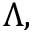
\Lambda ,